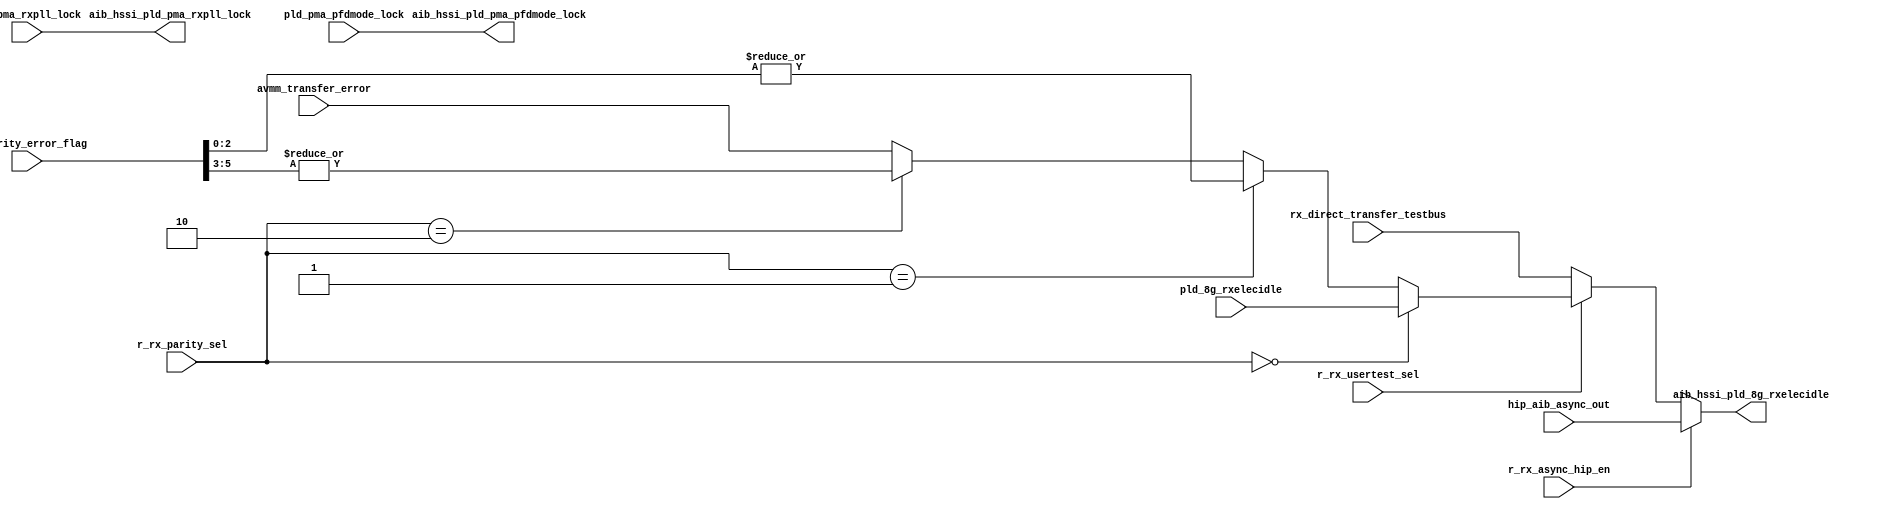
// This program was cloned from: https://github.com/chipsalliance/aib-phy-hardware
// License: Apache License 2.0

// SPDX-License-Identifier: Apache-2.0
// Copyright (C) 2019 Intel Corporation. 
module c3aibadapt_rxasync_direct (
// PCS IF
input   wire            pld_8g_rxelecidle,
input   wire            pld_pma_rxpll_lock,
input   wire            hip_aib_async_out,
input   wire            r_rx_async_hip_en,
input   wire  [1:0]     r_rx_parity_sel,
input   wire            pld_pma_pfdmode_lock,
input   wire  [5:0]     sr_parity_error_flag,
input	wire		avmm_transfer_error,
input	wire		rx_direct_transfer_testbus,
input	wire		r_rx_usertest_sel,

// AIB_IF
output  wire            aib_hssi_pld_pma_pfdmode_lock,
output  wire            aib_hssi_pld_8g_rxelecidle,
output  wire            aib_hssi_pld_pma_rxpll_lock
);



assign aib_hssi_pld_8g_rxelecidle  = r_rx_async_hip_en ? hip_aib_async_out : r_rx_usertest_sel ? (r_rx_parity_sel == 2'b00 ? pld_8g_rxelecidle : (r_rx_parity_sel == 2'b01 ? |sr_parity_error_flag[2:0] : (r_rx_parity_sel == 2'b10 ? |sr_parity_error_flag[5:3] : avmm_transfer_error) ) ) : rx_direct_transfer_testbus;
assign aib_hssi_pld_pma_rxpll_lock = pld_pma_rxpll_lock;
assign aib_hssi_pld_pma_pfdmode_lock = pld_pma_pfdmode_lock;
endmodule